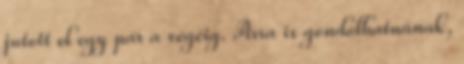
jutott el egy pár a végéig. Arra is gondolhatnának,